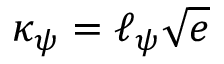
\kappa _ { \psi } = \ell _ { \psi } \sqrt { e }